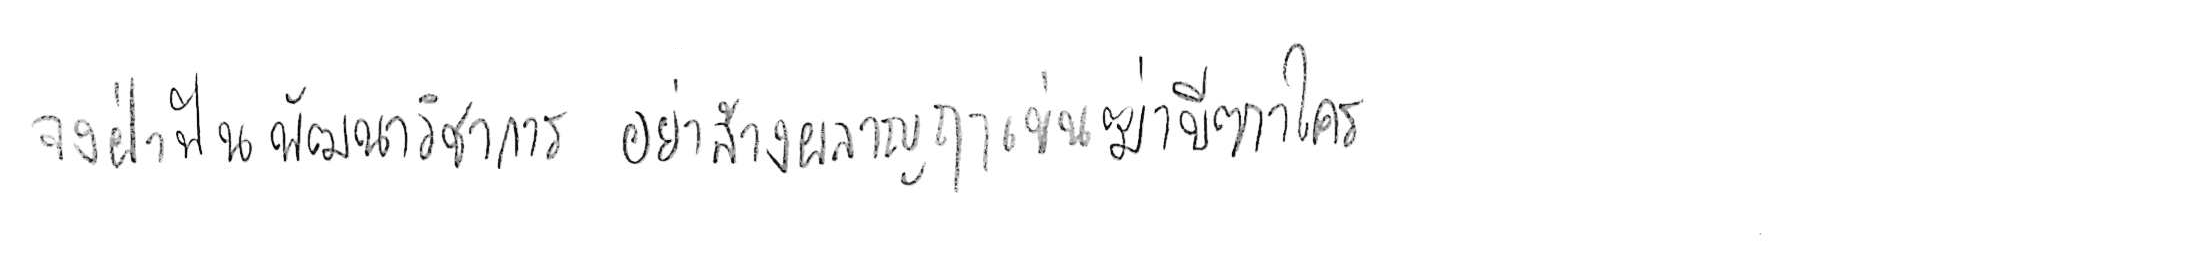
จงฝ่าฟันพัฒนาวิชาการ อย่าล้างผลาญฤๅเข่นฆ่าบีฑาใคร